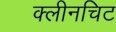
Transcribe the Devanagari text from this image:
क्लीनचिट